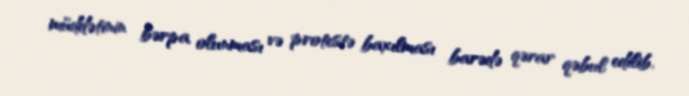
müddətinin bərpa olunması və protestə baxılması barədə qərar qəbul edilib.